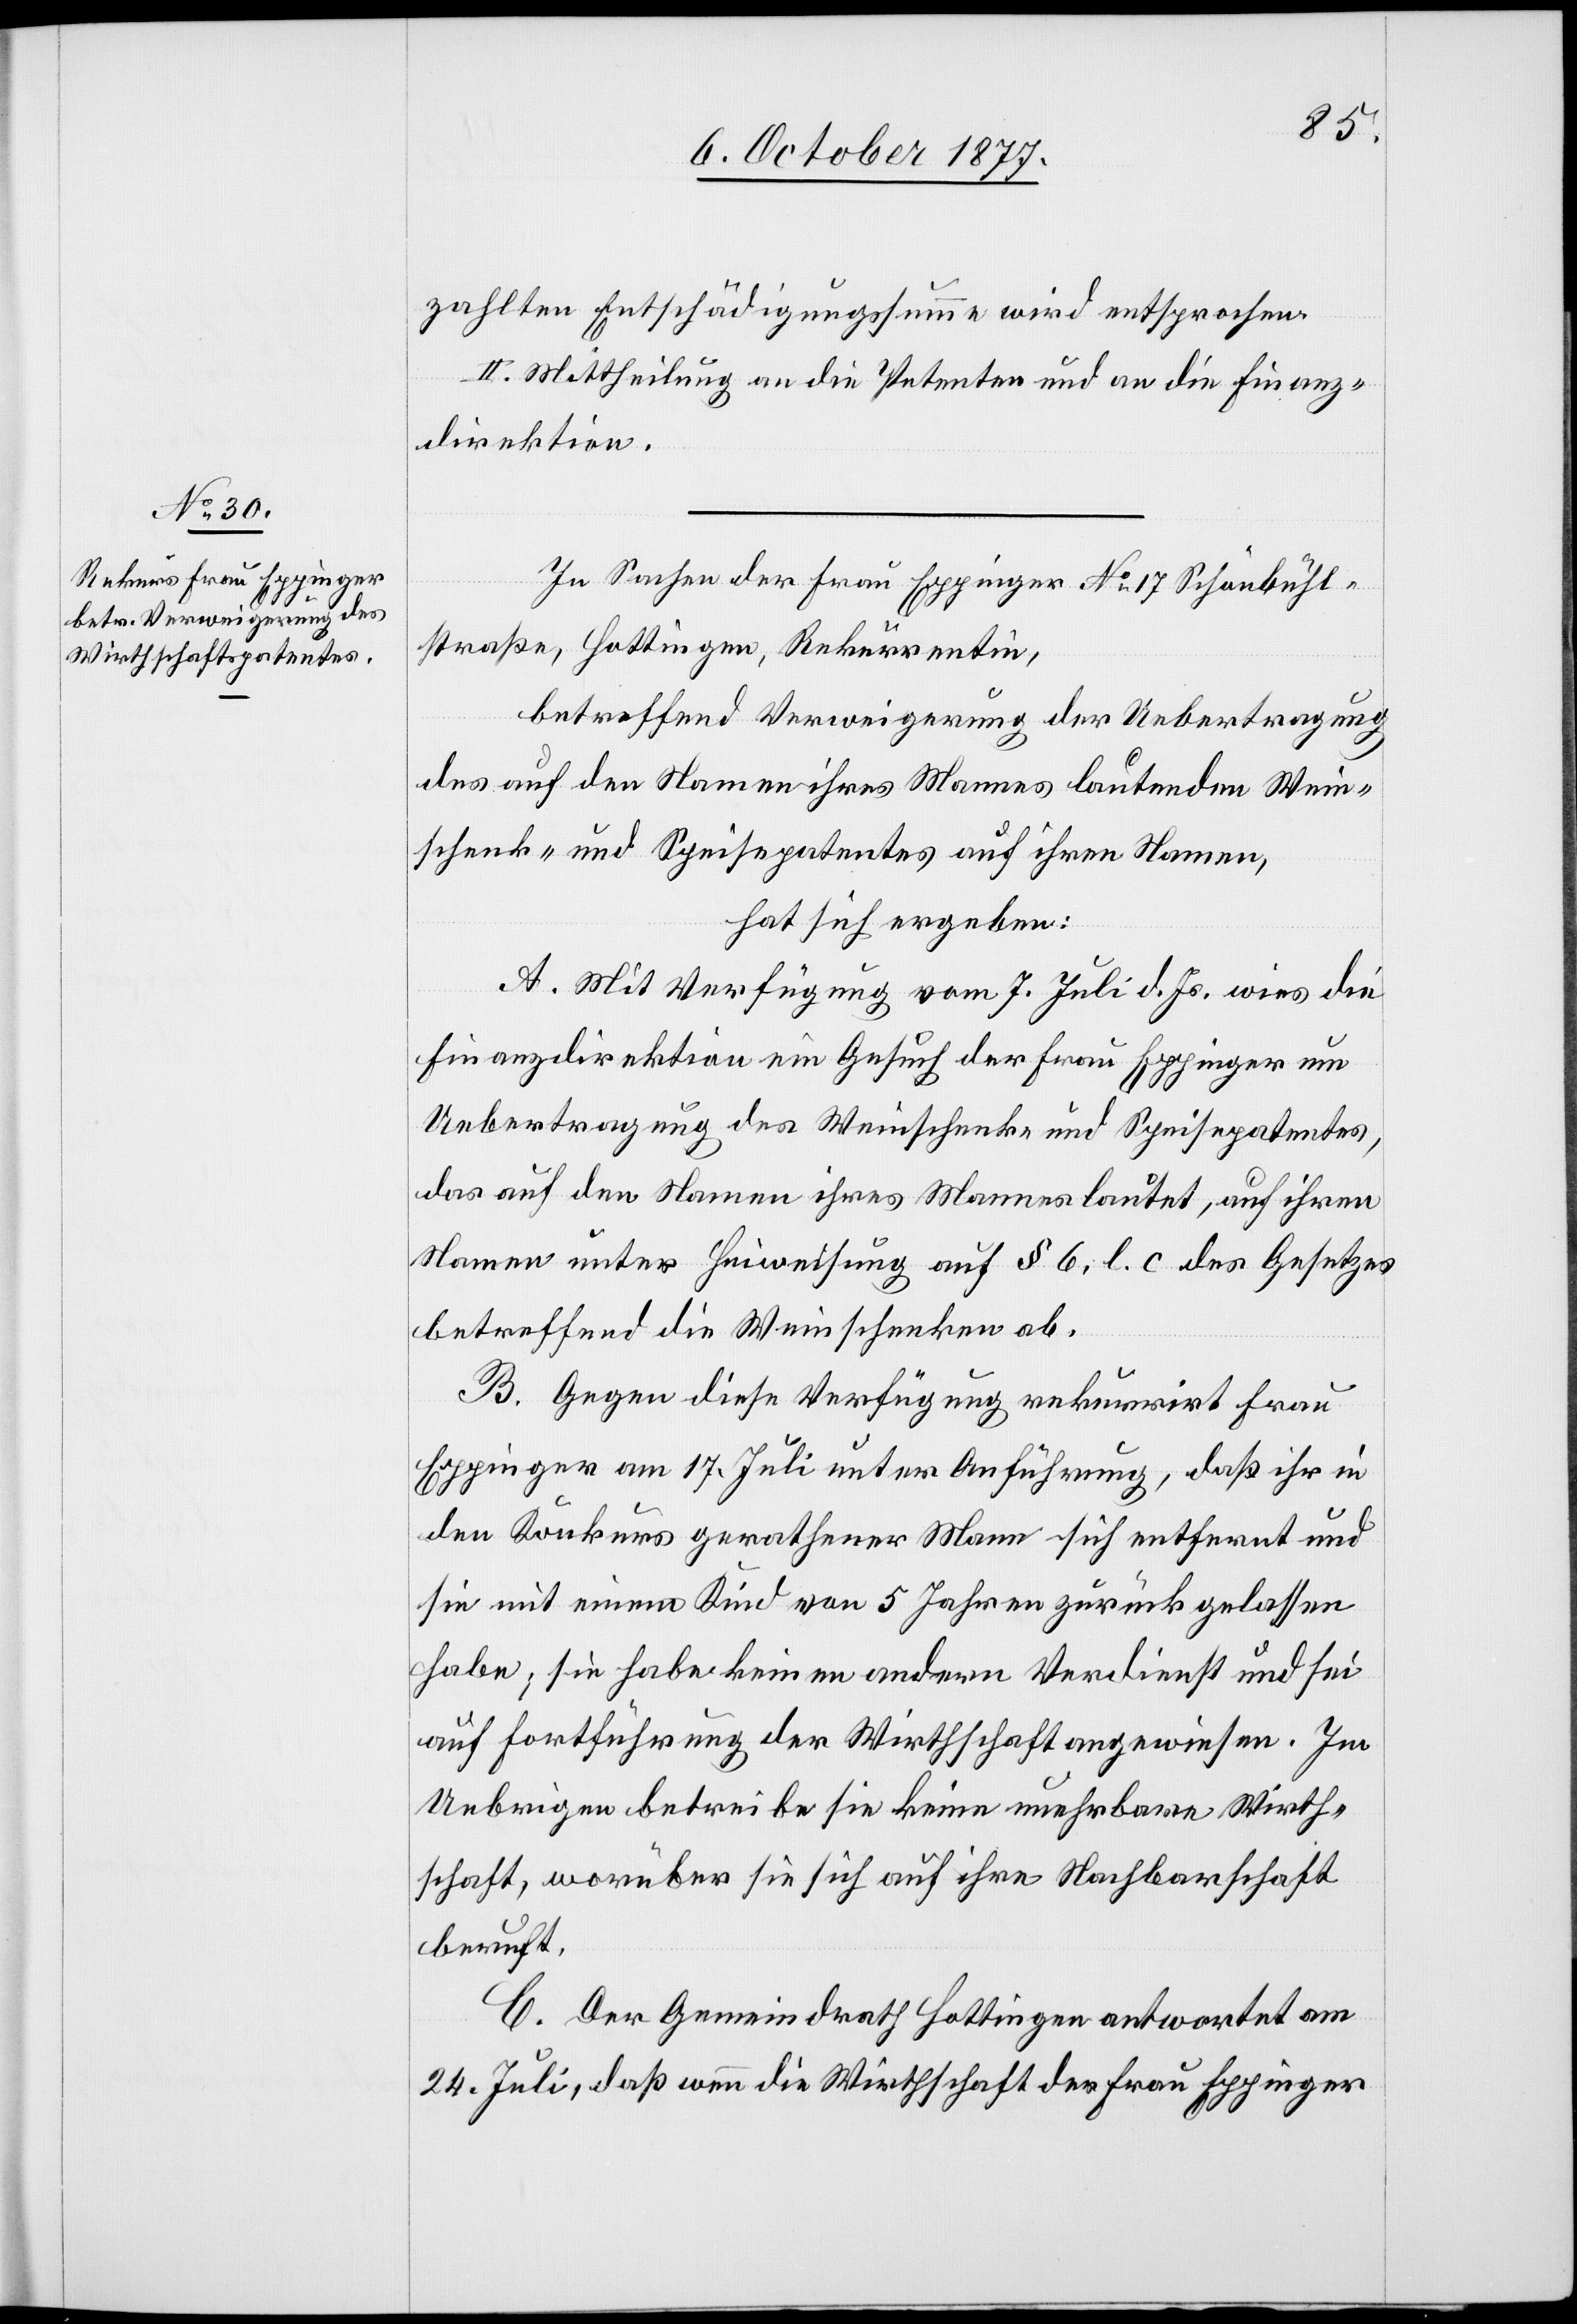
zahlten Entschädigungssumme wird entsprochen.
II. Mittheilung an die Petenten und an die Finanz¬
direktion.
In Sachen der Frau Eppinger No 17 Schönbühl¬
straße, Hottingen, Rekurrentin,
betreffend Verweigerung der Uebertragung
des auf den Namen ihres Mannes lautenden Wein¬
schenk- und Speisepatentes auf ihren Namen,
hat sich ergeben:
A. Mit Verfügung vom 7. Juli d. Js. wies die
Finanzdirektion ein Gesuch der Frau Eppinger um
Uebertragung des Weinschenk- und Speisepatentes,
das auf den Namen ihres Mannes lautet, auf ihren
Namen unter Hinweisung auf § 6, l. c des Gesetzes
betreffend die Weinschenken ab.
B. Gegen diese Verfügung rekurrirt Frau
Eppinger am 17. Juli unter Anführung, daß ihr in
den Konkurs gerathener Mann sich entfernt und
sie mit einem Kind von 5 Jahren zurückgelassen
habe; sie habe keinen andern Verdienst und sei
auf Fortführung der Wirthschaft angewiesen. Im
Uebrigen betreibe sie keine unehrbare Wirth¬
schaft, worüber sie sich auf ihre Nachbarschaft
beruft.
C. Der Gemeindrath Hottingen antwortet am
24. Juli, daß wenn die Wirthschaft der Frau Eppinger